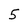
Character: 5